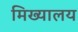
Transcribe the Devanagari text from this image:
मिख्यालय